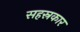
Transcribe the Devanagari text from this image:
सहस्रकार